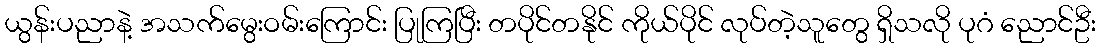
ယွန်းပညာနဲ့ အသက်မွေးဝမ်းကြောင်း ပြုကြပြီး တပိုင်တနိုင် ကိုယ်ပိုင် လုပ်တဲ့သူတွေ ရှိသလို ပုဂံ ညောင်ဦး